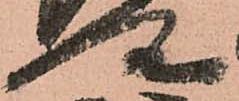
所